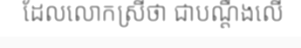
ដែលលោកស្រីថា ជាបណ្តឹងលើ